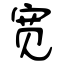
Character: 宽